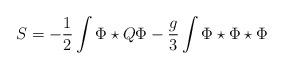
LaTeX: \begin{align*}S = - \frac{1}{2} \int \Phi \star Q \Phi - \frac{g}{3} \int \Phi \star\Phi \star \Phi\end{align*}